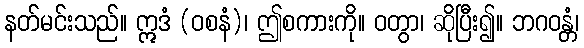
နတ်မင်းသည်။ ဣဒံ (ဝစနံ)၊ ဤစကားကို။ ဝတွာ၊ ဆိုပြီး၍။ ဘဂဝန္တံ၊